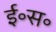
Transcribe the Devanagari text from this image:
ई॰स॰